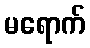
မရောက်